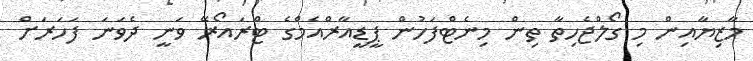
މާޒިޔާއިން މި ގޯލްޖެހިތާ ތިން މިނެޓްފަހުން ޕީޑީއާރްއެމްގެ ޓްރައޯރޭ ވަނީ ދެވަނަ ފަހަރަށް